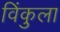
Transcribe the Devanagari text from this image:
विंकुला